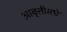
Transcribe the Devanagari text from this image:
आवृत्तीमधे